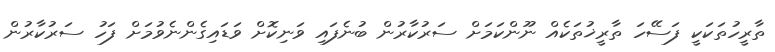
ތާރީހުތަކަކީ ފަސޭހަ ތާރީޚުތަކެއް ނޫންކަމަށް ސަރުކާރުން ބުނެފައި ވަނިކޮށް ވަޑައިގެންނެވުމަށް ފަހު ސަރުކާރުން